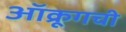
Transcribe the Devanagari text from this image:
ऑक्रूगची